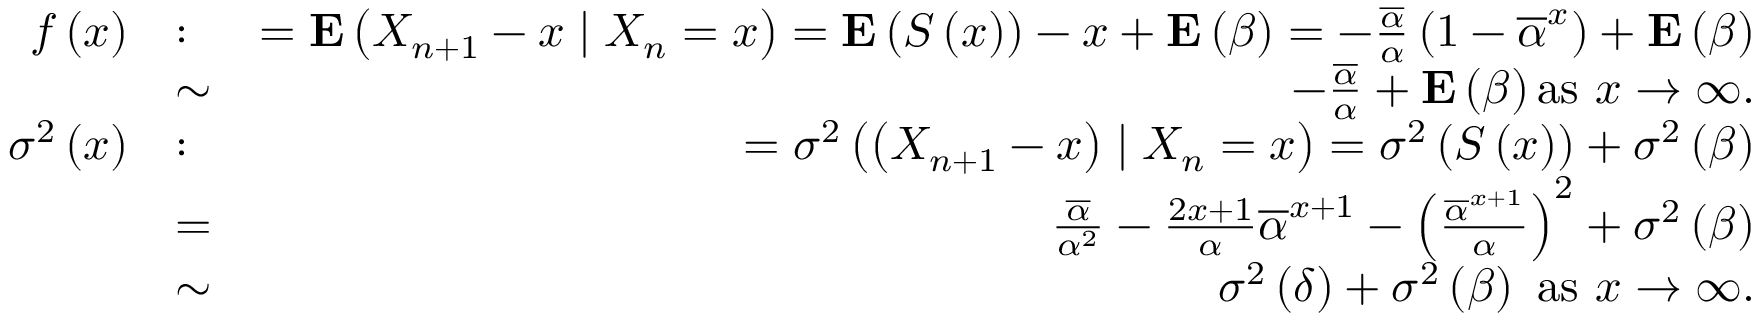
\begin{array} { r l r } { f \left( x \right) } & { : } & { = { \bf E } \left( X _ { n + 1 } - x \mid X _ { n } = x \right) = { \bf E } \left( S \left( x \right) \right) - x + { \bf E } \left( \beta \right) = - \frac { \overline { { \alpha } } } { \alpha } \left( 1 - \overline { { \alpha } } ^ { x } \right) + { \bf E } \left( \beta \right) } \\ & { \sim } & { - \frac { \overline { { \alpha } } } { \alpha } + { \bf E } \left( \beta \right) \mathrm { a s ~ } x \rightarrow \infty . } \\ { \sigma ^ { 2 } \left( x \right) } & { : } & { = \sigma ^ { 2 } \left( \left( X _ { n + 1 } - x \right) \mid X _ { n } = x \right) = \sigma ^ { 2 } \left( S \left( x \right) \right) + \sigma ^ { 2 } \left( \beta \right) } \\ & { = } & { \frac { \overline { { \alpha } } } { \alpha ^ { 2 } } - \frac { 2 x + 1 } { \alpha } \overline { { \alpha } } ^ { x + 1 } - \left( \frac { \overline { { \alpha } } ^ { x + 1 } } { \alpha } \right) ^ { 2 } + \sigma ^ { 2 } \left( \beta \right) } \\ & { \sim } & { \sigma ^ { 2 } \left( \delta \right) + \sigma ^ { 2 } \left( \beta \right) \mathrm { ~ a s ~ } x \rightarrow \infty . } \end{array}